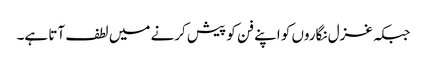
جبکہ غزل نگاروں کو اپنے فن کو پیش کرنے میں لطف آتا ہے۔